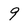
Character: 9